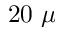
2 0 ~ \mu